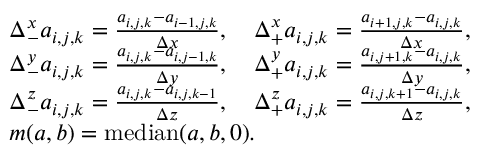
\begin{array} { r l } & { \Delta _ { - } ^ { x } a _ { i , j , k } = \frac { a _ { i , j , k } - a _ { i - 1 , j , k } } { \Delta x } , \quad \Delta _ { + } ^ { x } a _ { i , j , k } = \frac { a _ { i + 1 , j , k } - a _ { i , j , k } } { \Delta x } , } \\ & { \Delta _ { - } ^ { y } a _ { i , j , k } = \frac { a _ { i , j , k } - a _ { i , j - 1 , k } } { \Delta y } , \quad \Delta _ { + } ^ { y } a _ { i , j , k } = \frac { a _ { i , j + 1 , k } - a _ { i , j , k } } { \Delta y } , } \\ & { \Delta _ { - } ^ { z } a _ { i , j , k } = \frac { a _ { i , j , k } - a _ { i , j , k - 1 } } { \Delta z } , \quad \Delta _ { + } ^ { z } a _ { i , j , k } = \frac { a _ { i , j , k + 1 } - a _ { i , j , k } } { \Delta z } , } \\ & { m ( a , b ) = \mathrm { m e d i a n } ( a , b , 0 ) . } \end{array}